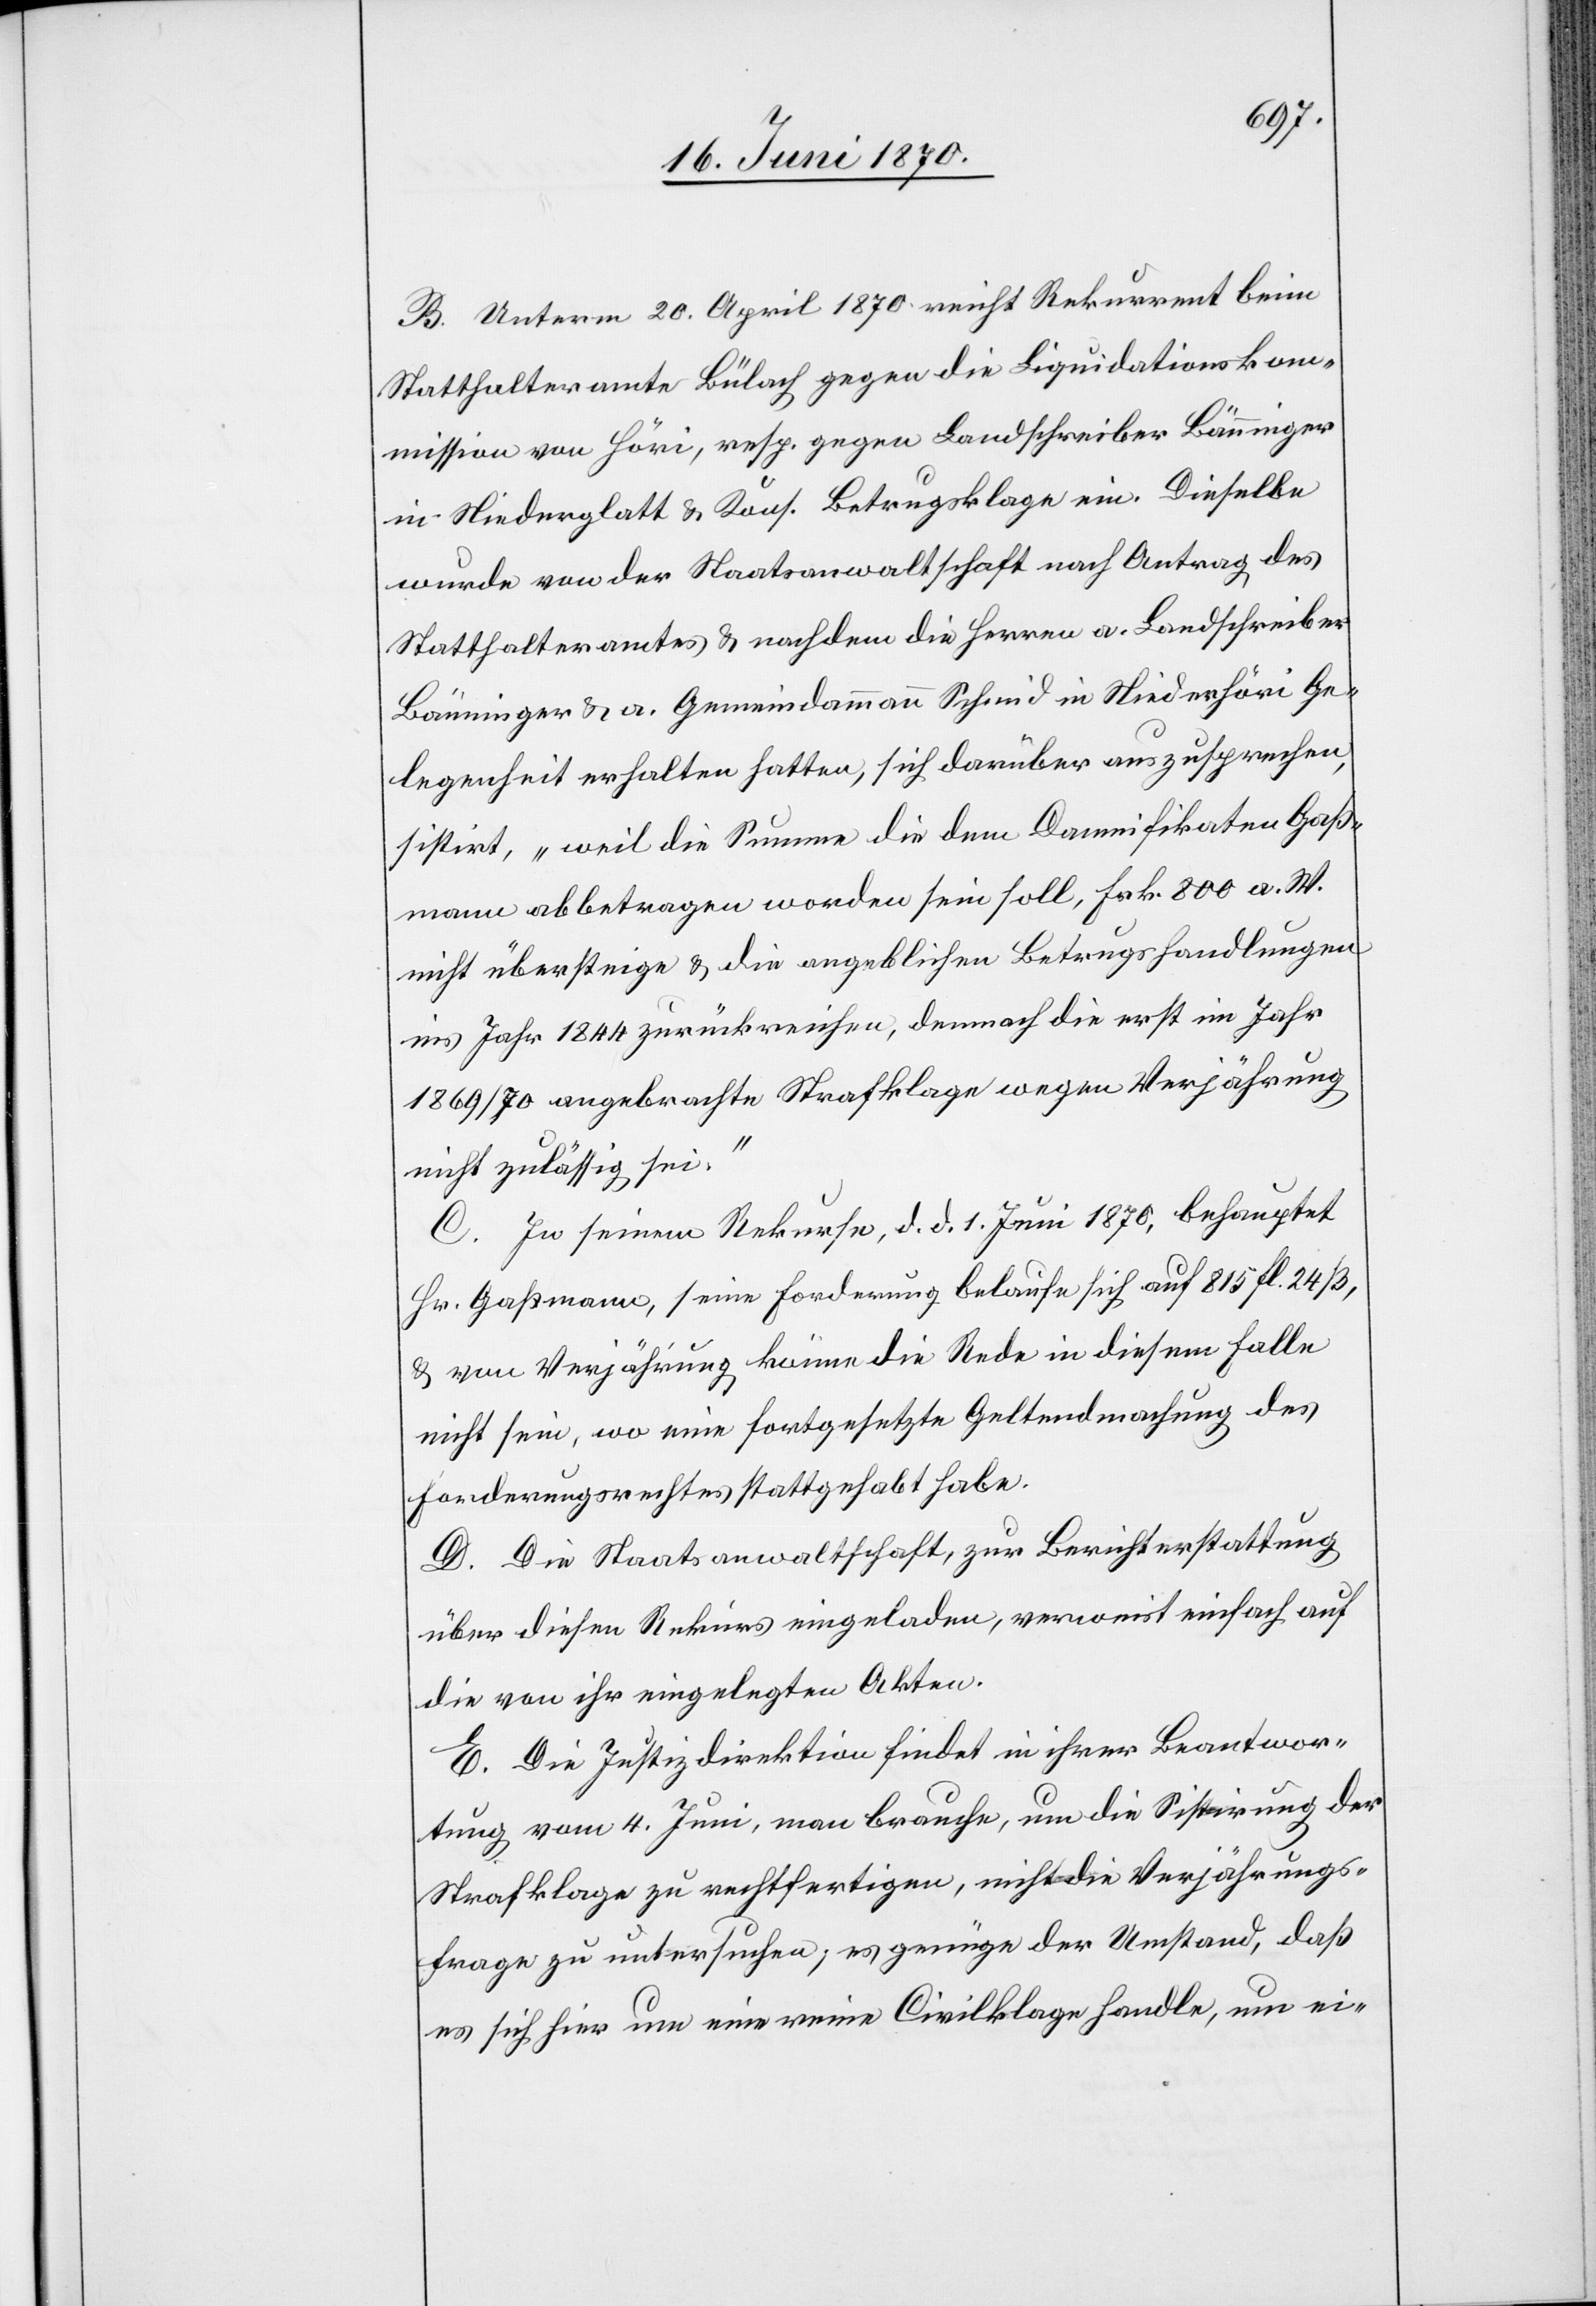
B. Unterm 20. April 1870 reicht Rekurrent beim
Statthalteramte Bülach gegen die Liquidationskom¬
mission von Hörig, resp. gegen Landschreiber Bänninger
in Niederglatt & Kons. Betrugsklage ein. Dieselbe
wurde von der Staatsanwaltschaft nach Antrag des
Statthalteramtes & nachdem die Herren a. Landschreiber
Bänninger & a. Gemeindammann Schmid in Niederhöri Ge¬
legenheit erhalten hatten, sich darüber auszusprechen,
sistirt, „weil die Summe die dem Damnifikaten Gaß¬
mann abbetragen [sic!] worden sein soll, Frk. 800 a. W.
nicht übersteige & die angeblichen Betrugshandlungen
ins Jahr 1844 zurückreichen, demnach die erst im Jahr
1869/70 angebrachte Strafklage wegen Verjährung
nicht zulässig ist.
C. In seinem Rekurse, d. d. 1. Juni 1870, behauptet
Hr. Gaßmann, seine Forderung belaufe sich auf 815 Fl. 24
& von Verjährung könne die Rede in diesem Falle
nicht sein, wo eine fortgesetzte Geltendmachung des
Forderungsrechte stattgehabt habe.
D. Die Staatsanwaltschaft, zur Berichterstattung
über diesen Rekurs eingeladen, verweist einfach auf
di von ihr eingelegten Akten.
E. Die Justizdirektion findet in ihrer Beantwor¬
tung vom 4. Juni, man brauche, um die Sistirung der
Strafklage zu rechtfertigen, nicht die Verjährungs¬
frage zu untersuchen, es genüge der Umstand, daß
es sich hier um eine reine Civilklage handle, um ei-